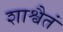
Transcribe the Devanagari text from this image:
शाश्वैतं